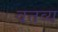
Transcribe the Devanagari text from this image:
वत्तव्य